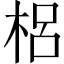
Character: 梠